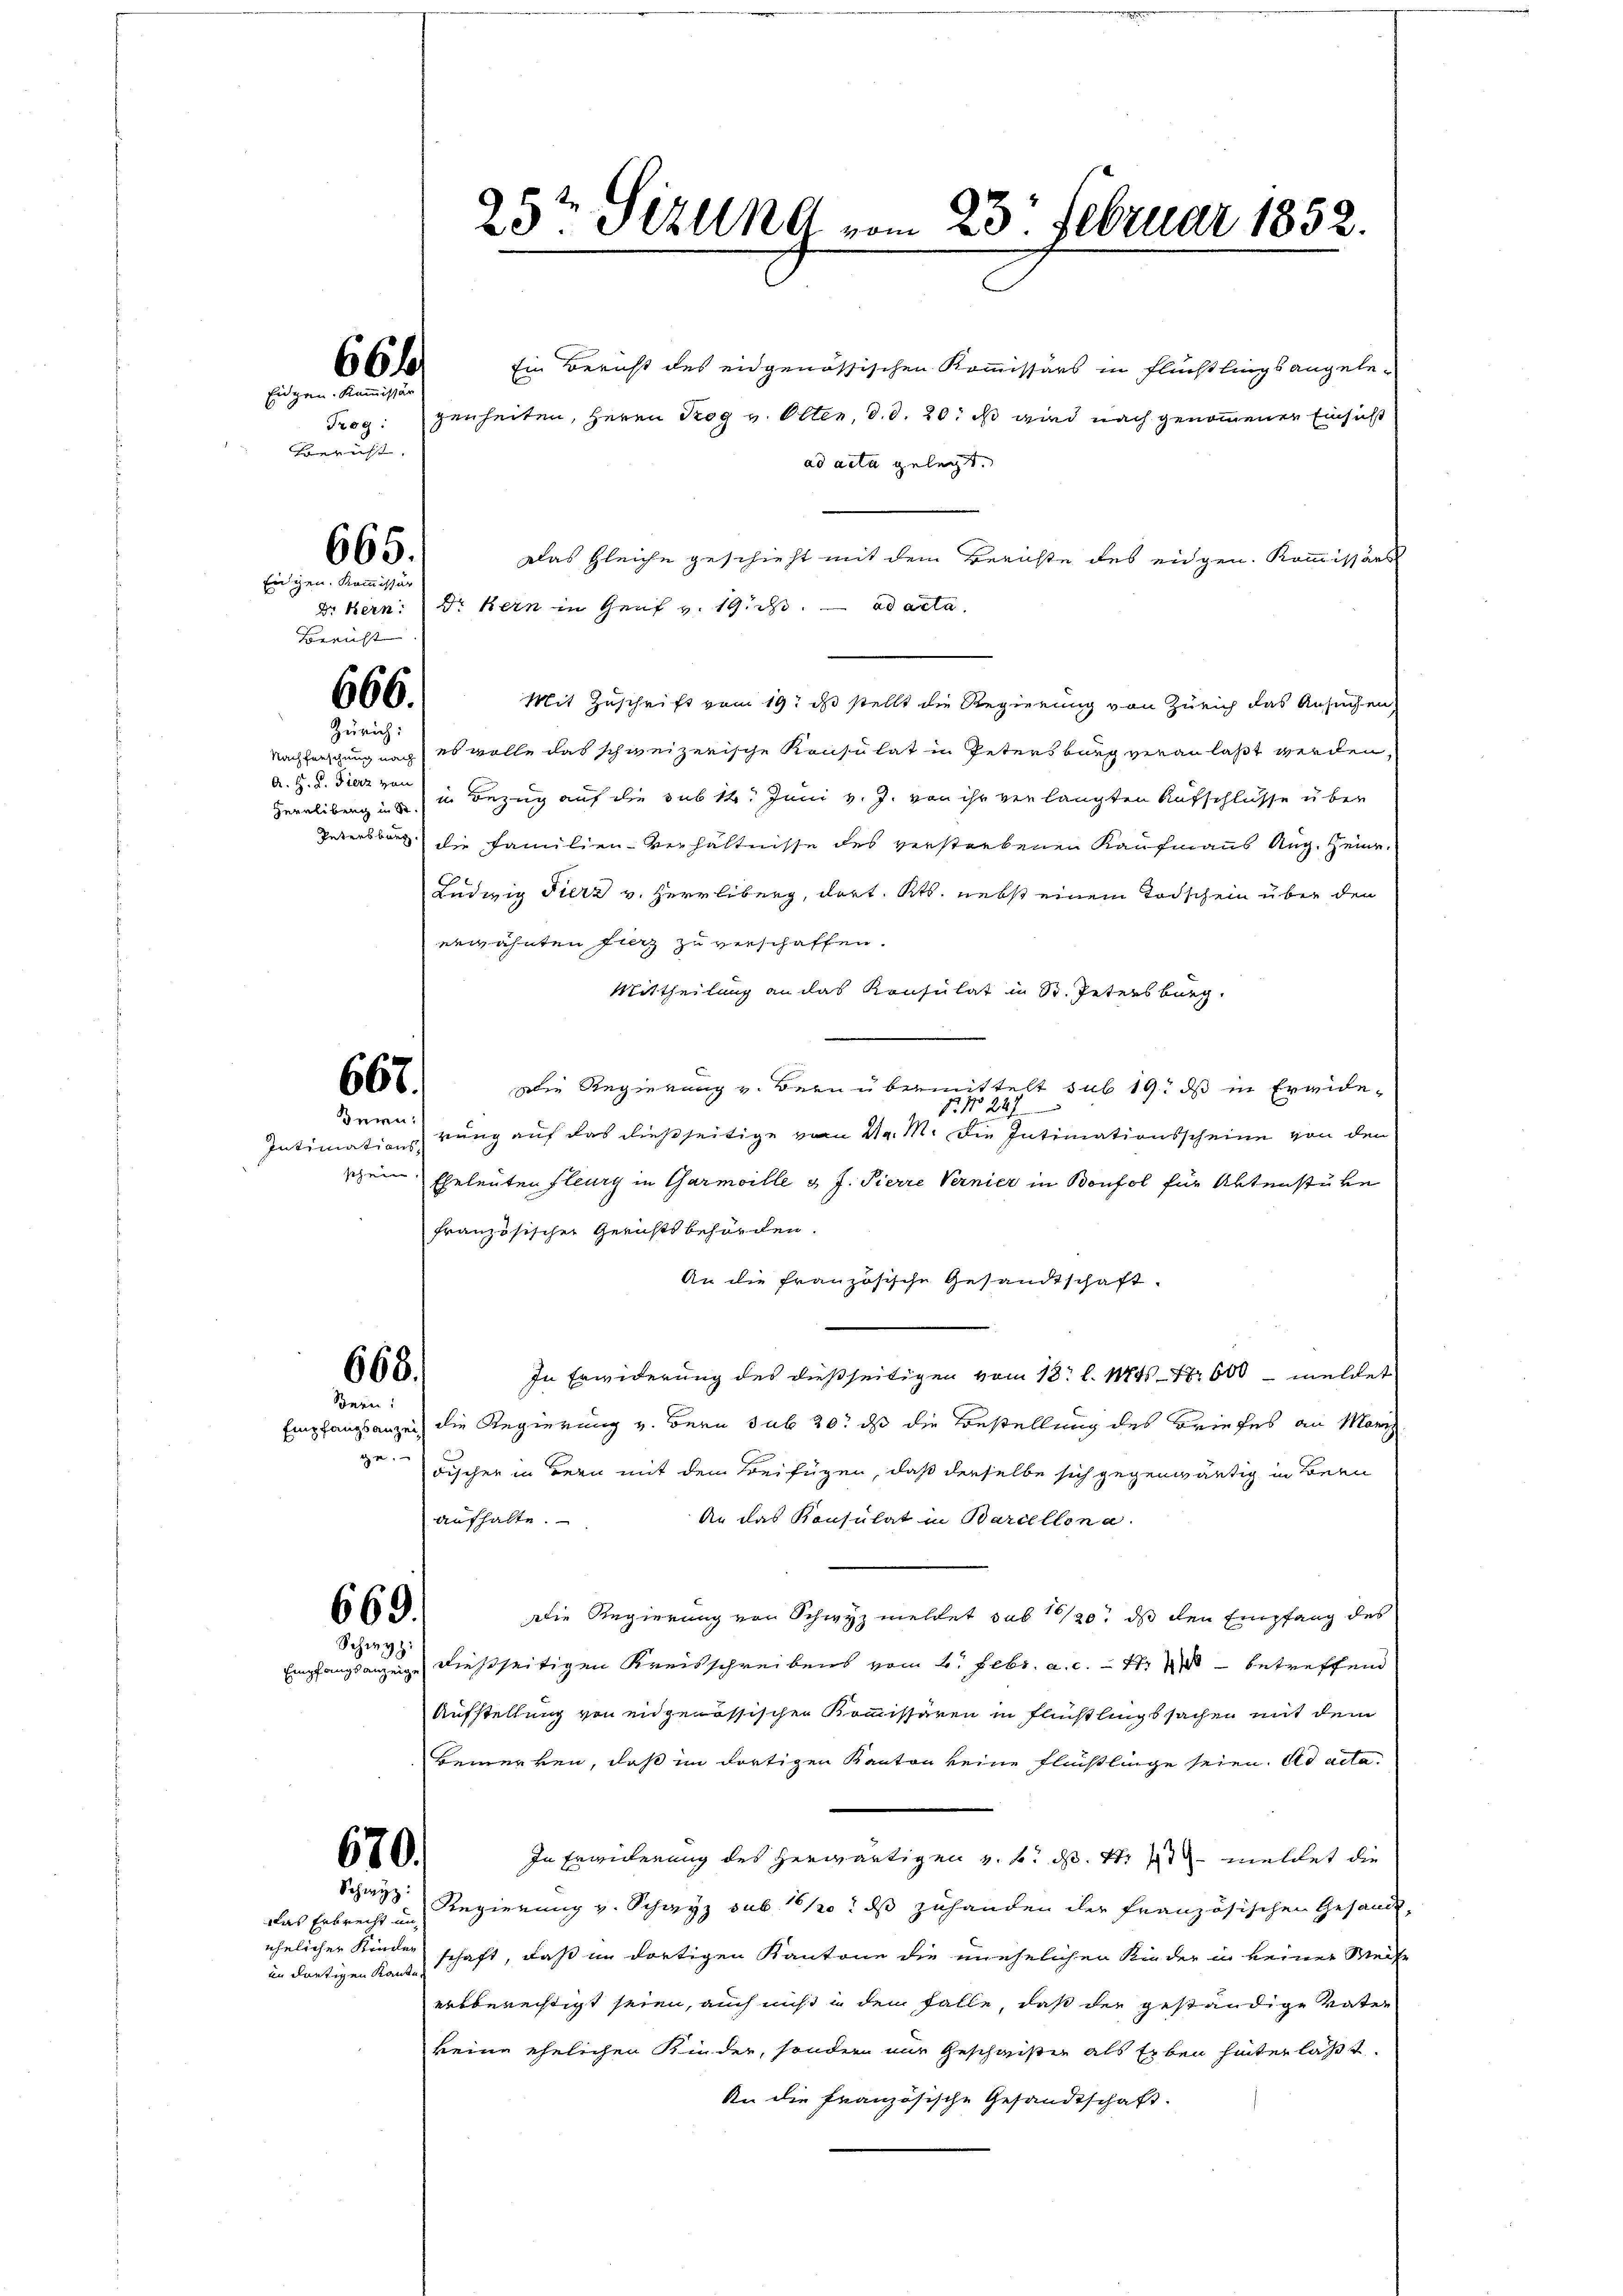
Frog:
Gericht.

66f
Eidgen. Kommissär

665.

Eidgen. Kommissär
Bericht

666.
Zürich:

Nachforschung nach
A. H. L. Fierz von

667.
Bern:

schen

Ein Bericht des eidgenössischen Kommissärs in Flüchtlings angele-
genheiten, Herrn Trog v. Olten, d. d. 20. ist wird nach genommenen Einsicht
ad acta gelegt.
Das Gleiche geschieht mit dem Berichte des eidgen. Kommissärs
Dr. Bern: Dr Kern in Genf v. 19. d. ad acta.
Mit Zuschrift vom 19. ds stellt die Regierung von Zürich das Ansuchen,
es wolle das schweizerische Konsulat in Petersburg veranlaßt werden,
Herrliberg ins in Bezug auf die sub 14. Juni v. J. von ihr verlangten Aufschlüsse über
Getersburg die Familien-Verhältnisse des verstorbenen Kaufmanns Aug. Heinr.
Ludwig Fierz v. Herrliberg, dort. Kts. nebst einem Todschein über den
erwähnten Fierz zu verschaffen.
Mittheilung an das Konsulat in St. Petersburg.
Die Regierung v. Bern übermittelt sub 19. ds in Erwide-
 No 247
Intimations rung auf das dießseitige vom 24. M. die Intimationsscheine von den
Eheleuten fleurg in Garmoille d. J. Pierre Vernier in Bonfol für Aktenstube
französischer Gerichtsbehörden.
An die französische Gesandtschaft.
668.
In Erwiderung des dießseitigen vom 13. l. Mts. 17600 meldet
Bern:
Empfangsanzeit die Regierung v. Bern sub 20. ds die Bestellung des Briefes an Mari
au
discher in Bern mit dem Beifügen, daß derselbe sich gegenwärtig in Bern
An das Konsulat in Barcellen a
aufhalte.
669.
Die Regierung von Schwyz meldet sub 1/20. ds den Empfang des
Schwyz:
Empfangsanzeige dießseitigen Kreisschreibens vom 2. Febr. a. c. - Nr. 1 betreffend
Aufstellung von eidgenössischen Kommissären in Flüchtlingssachen mit dem
Bemerken, daß im dortigen Kanton keine Flüchtlinge seien. Ad acta
In Erwiederung des herwärtigen z. B. d. M. meldet die
670.
Schwyz Regierung v. Schwyz sub 20. ds zuhanden der französischen Gesandt,
Das Erbrecht in
ehelicher Kinder schaft, daß in dortigen Kantone die unehelichen Rieder in keiner Weise
im dortigen Kante
erbberechtigt seien, auch nicht in dem Falle, daß der geständige Vater
keine ehelichen Kinder, sondern nur Geschwister als Erben hinterläßt.
An die französische Gesandtschaft.

25ten Sitzung vom 23. Februar 1852.